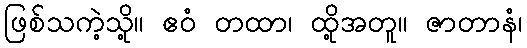
ဖြစ်သကဲ့သို့။ ဧဝံ တထာ၊ ထို့အတူ။ ဇာတာနံ၊